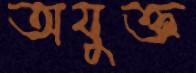
অযুক্ত